Civil Veterinary Dept. Assam report 1927-50 - 1927-1950
Year: 1927
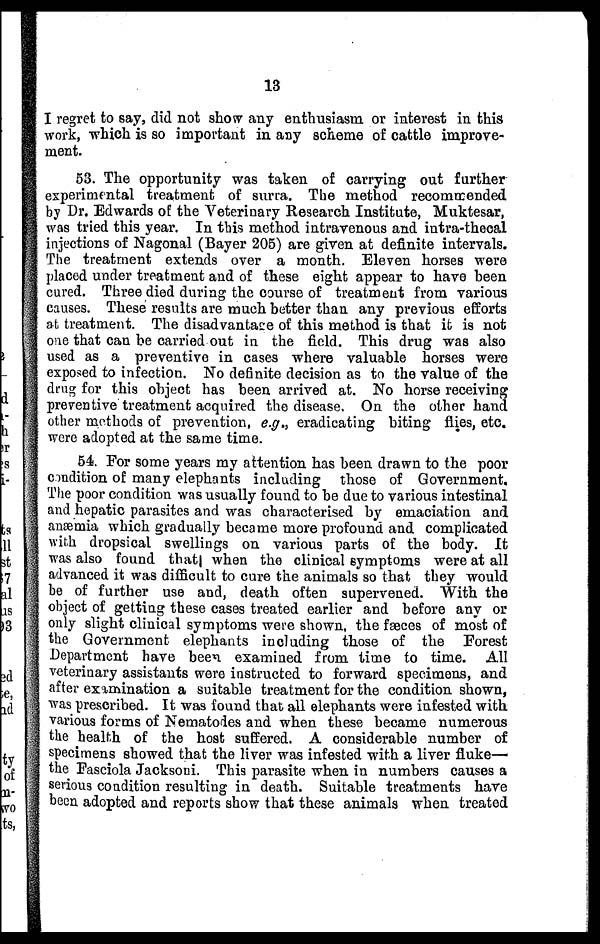
13
I regret to say, did not show any enthusiasm or interest in this
work, which is so important in any scheme of cattle improve-
ment.
53. The opportunity was taken of carrying out farther
experimental treatment of surra. The method recommended
by Dr. Edwards of the Veterinary Research Institute, Muktesar,
was tried this year. In this method intravenous and intra-thecal
injections of Nagonal (Bayer 205) are given at definite intervals.
The treatment extends over a month. Eleven horses were
placed under treatment and of these eight appear to have been
cured. Three died during the course of treatment from various
causes. These results are much better than any previous efforts
at treatment. The disadvantage of this method is that it is not
one that can be carried out in the field. This drug was also
used as a preventive in cases where valuable horses were
exposed to infection. No definite decision as to the value of the
drug for this object has been arrived at. No horse receiving
preventive treatment acquired the disease, On the other hand
other methods of prevention, e.g., eradicating biting flies, etc.
were adopted at the same time.
54. For some years my attention has been drawn to the poor
condition of many elephants including those of Government,
The poor condition was usually found to be due to various intestinal
and hepatic parasites and was characterised by emaciation and
anæmia which gradually became more profound and complicated
with dropsical swellings on various parts of the body. It
was also found that when the clinical symptoms were at all
advanced it was difficult to cure the animals so that they would
be of further use and, death often supervened. With the
object of getting these cases treated earlier and before any or
only slight clinical symptoms were shown, the fæces of most of
the Government elephants including those of the Forest
Department have been examined from time to time. All
veterinary assistants were instructed to forward specimens, and
after examination a suitable treatment for the condition shown,
was prescribed. It was found that all elephants were infested with
various forms of Nematodes and when these became numerous
the health of the host suffered. A considerable number of
specimens showed that the liver was infested with a liver fluke—
the Fasciola Jacksoni. This parasite when in numbers causes a
serious condition resulting in death. Suitable treatments have
been adopted and reports show that these animals when treated